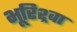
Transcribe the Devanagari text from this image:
भूरिश्र्वा